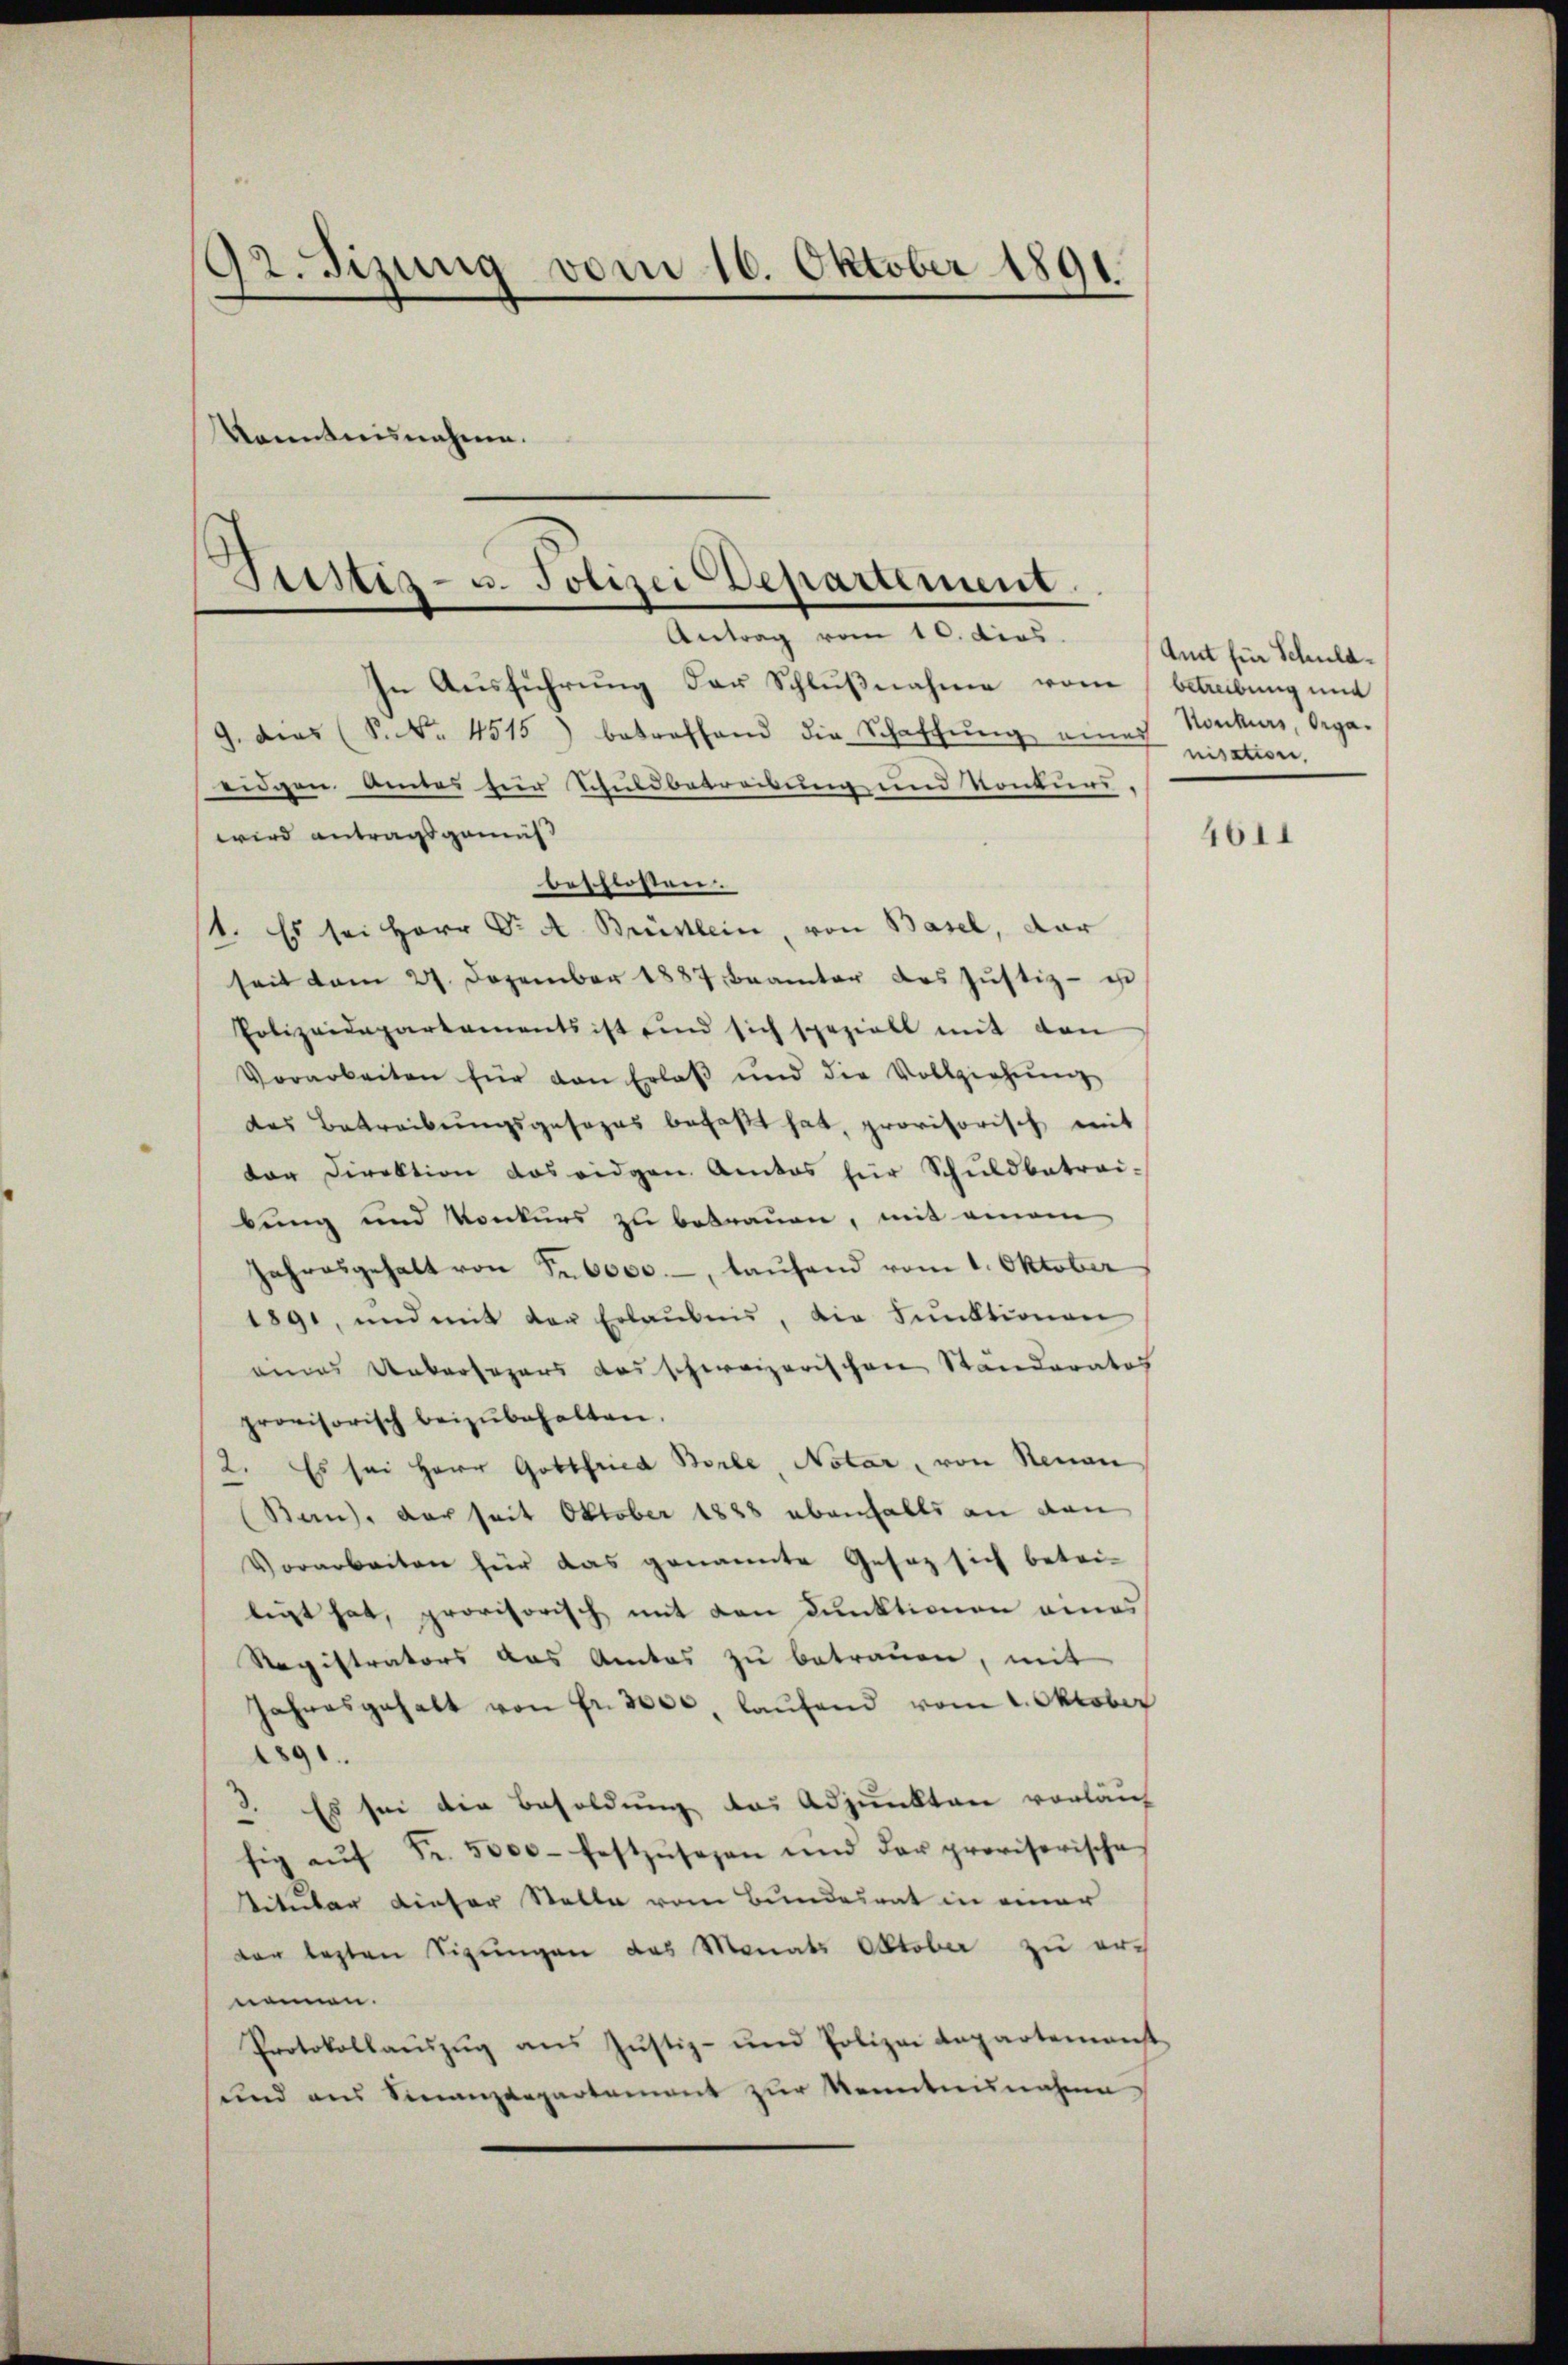
92. Sizung vom 16. Oktober 1891.

d
Sistiz- u. Polizei Departement.
Antrag vom 10. dies

Konntnisnahmen.

In Ausführung der Schlußnahme vom Betreibung und
9. dies (S. Nr. 4515) betreffend die Schaffŭng einer Konkurs, Orga-
eidgen Amtes für Schuldbetreibung und Konkurs.
wird antragsgemäß
beschlossen.
/1. Es sei Herr Dr A. Brüsslein, von Basel, dar
seit vom 27. Dezember 1887 Beamter des Justiz- u
Polizeidepartaments ist und sich speziell mit den
Vorarbeiten für den Erlaβ ŭnd die Vollziehung
des Betreibŭngsgesezes befaßt hat, provisorisch mit
tor Direktion das eidgen. Amtos für Schuldbetrai-
bung und Konkurs zu betrauen, mit einem
Jahresgehalt von Fr. 6000.-, laufend vom 1. Oktober
1891, und mit der Erlaubnis, die Funktionen
eines Uebersagers das schweizerischen Ständerates
provisorisch beizubehalten.
2. Es sei Herr Gottfried Borle, Notar, von Neuen
Banz, der seit Oktober 1888 ebenfalls an den
Vorarbeiten für das genannte Gesaz sich betriligt hat, provisorisch mit den dunktionen eines
Registrators das Amtes zu betrauen, mit
Jahresgehalt von Fr. 3000, laufend vom 2. Oktober
1891
3. Es sei die Besoldung des Adjunkten vorläuf
sig aŭf Fr. 5000 festzŭsehen und der provisorische
Titular dieser Stelle vom Bundesrat in einer
der lezten Sigungen das Monats Oktober zu ernennen.
Protokollauszug aus Justiz- und Polizei Anpartemenst
sund aus Sinanzdepartement zŭr Kenntnisnahme

Amt für Schulanisation.

4611